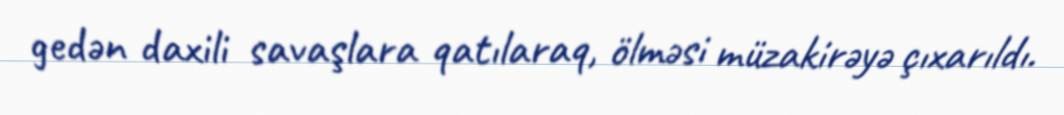
gedən daxili savaşlara qatılaraq, ölməsi müzakirəyə çıxarıldı.